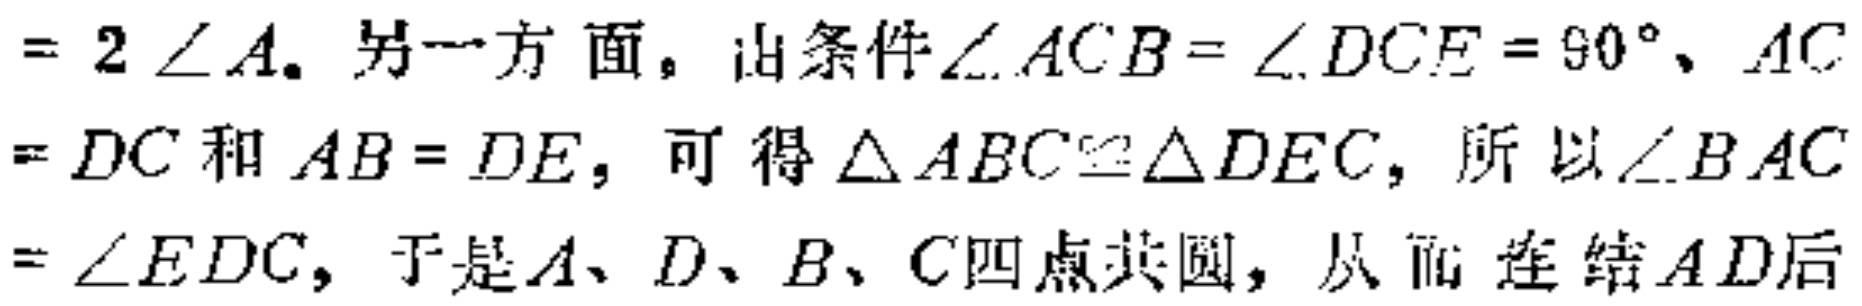
$= 2\angle A$. 另一方面，由条件$\angle ACB = \angle DCE = 90^{\circ}$、$AC = DC$和$AB = DE$，可得$\triangle ABC\cong\triangle DEC$，所以$\angle BAC = \angle EDC$，于是$A、D、B、C$四点共圆，从而 连结$AD$后